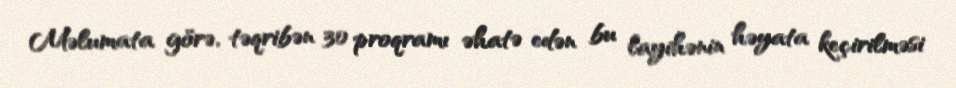
Məlumata görə, təqribən 30 proqramı əhatə edən bu layihənin həyata keçirilməsi